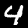
Digit: 4